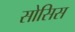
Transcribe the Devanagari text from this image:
सोसिस